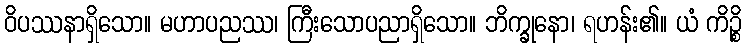
ဝိပဿနာရှိသော။ မဟာပညဿ၊ ကြီးသောပညာရှိသော။ ဘိက္ခုနော၊ ရဟန်း၏။ ယံ ကိဉ္စိ